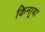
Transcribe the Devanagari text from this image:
किनार्‍या